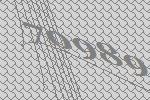
70989